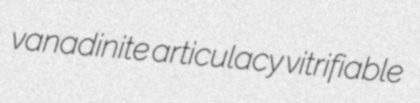
vanadinite articulacy vitrifiable